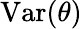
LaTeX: {\mathrm{Var}}(\theta)